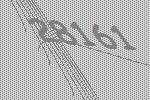
28161